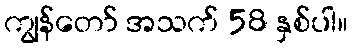
ကျွန်တော် အသက် 58 နှစ်ပါ။